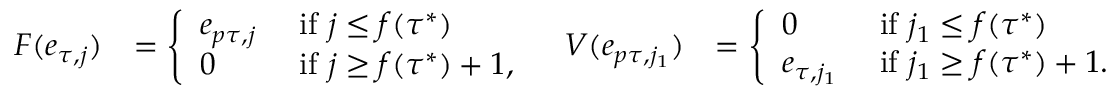
\begin{array} { r l r l } { F ( e _ { \tau , j } ) } & { = \left\{ \begin{array} { l l } { e _ { p \tau , j } } & { \mathrm { ~ i f ~ } j \leq f ( \tau ^ { * } ) } \\ { 0 } & { \mathrm { ~ i f ~ } j \geq f ( \tau ^ { * } ) + 1 , } \end{array} \right. } & { V ( e _ { p \tau , j _ { 1 } } ) } & { = \left\{ \begin{array} { l l } { 0 } & { \mathrm { ~ i f ~ } j _ { 1 } \leq f ( \tau ^ { * } ) } \\ { e _ { \tau , j _ { 1 } } } & { \mathrm { ~ i f ~ } j _ { 1 } \geq f ( \tau ^ { * } ) + 1 . } \end{array} \right. } \end{array}